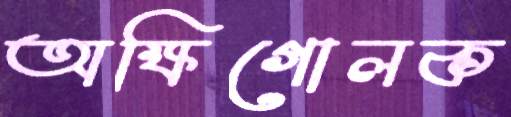
অক্ষিগোলক